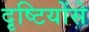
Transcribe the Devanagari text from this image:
दृष्टियोंसे